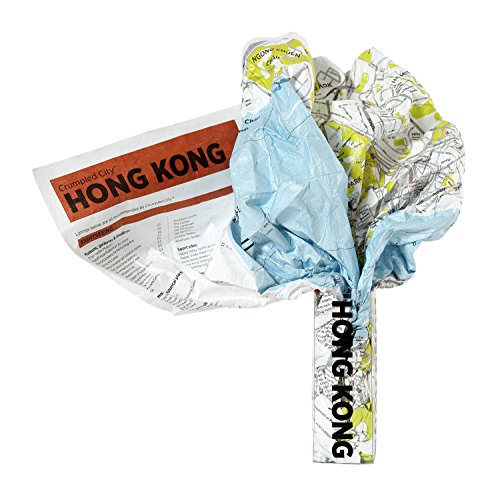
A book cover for Crumpled City Map-Hong Kong; Palomar S.r.l.; Travel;